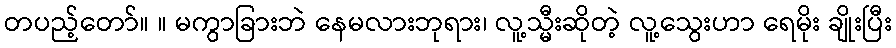
တပည့်တော်။ ။ မကွာခြားဘဲ နေမလားဘုရား၊ လူ့သ္မီးဆိုတဲ့ လူ့သွေးဟာ ရေမိုး ချိုးပြီး